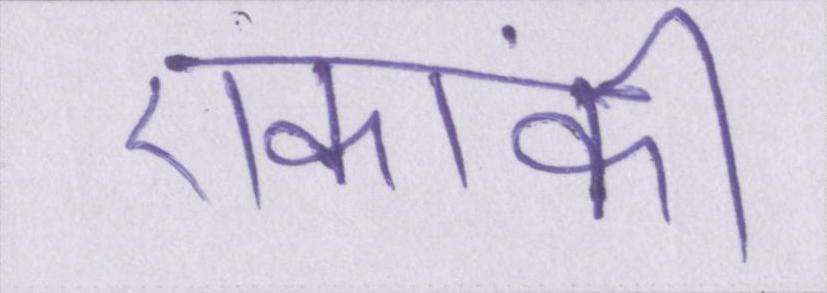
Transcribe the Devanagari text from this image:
एकांकी